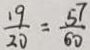
\frac { 1 9 } { 2 0 } = \frac { 5 7 } { 6 0 }